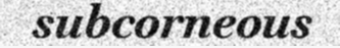
subcorneous